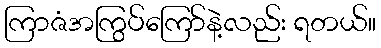
ကြာဇံအကြွပ်ကြော်နဲ့လည်း ရတယ်။